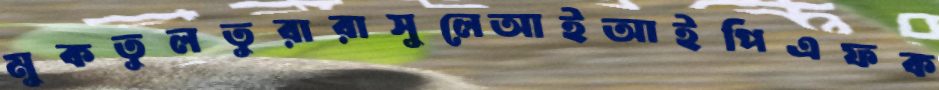
মুকতুলতুরারাসুলেআইআইপিএফক